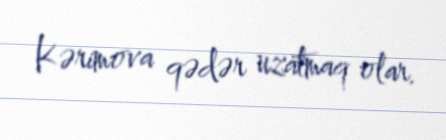
Kərimova qədər uzatmaq olar.